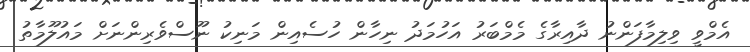
އެމްވީ ވިލިމާފަންނު ދާއިރާގެ މެމްބަރު އަހުމަދު ނިހާން ހުސެއިން މަނިކު ނޫސްވެރިންނަށް މައުލޫމާތު